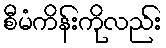
စီမံကိန်းကိုလည်း